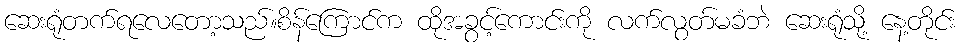
ဆေးရုံတက်ရလေတော့သည်။စိန်ကြောင်က ထိုအခွင့်ကောင်းကို လက်လွတ်မခံဘဲ ဆေးရုံသို့ နေ့တိုင်း